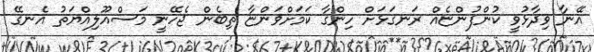
އޭނާ ވިދާޅުވީ ކުންފުންޏެއް ރަނގަޅަށް ހިންގާ ކަމަށްވަންޏާ ތިބެން ޖެހޭނީ މަސްއޫލިއްޔަތު އެނގޭ